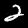
Label: 2